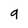
Character: 9